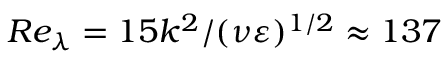
R e _ { \lambda } = 1 5 k ^ { 2 } / ( \nu \varepsilon ) ^ { 1 / 2 } \approx 1 3 7